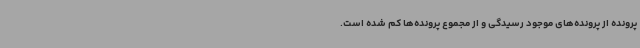
پرونده از پرونده‌های موجود رسیدگی و از مجموع پرونده‌ها کم شده است.